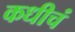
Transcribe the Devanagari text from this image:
कधीचं